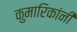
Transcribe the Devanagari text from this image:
कुमारिकांनीं